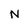
Character: N